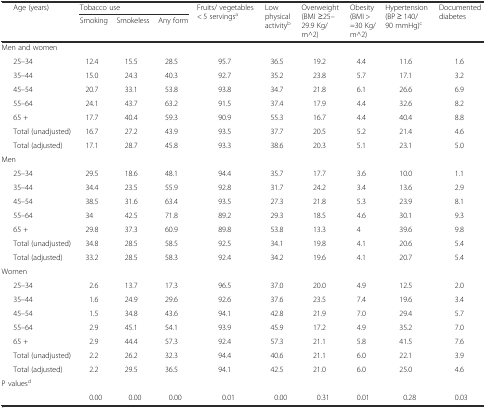
<table><thead><tr><td rowspan="2"></td><td rowspan="2"><b>Age (years)</b></td><td colspan="3"><b>Tobacco use</b></td><td rowspan="2"><b>Fruits/ vegetables &lt; 5 servings<sup>a</sup></b></td><td rowspan="2"><b>Low physical activity<sup>b</sup></b></td><td rowspan="2"><b>Overweight (BMI ≥25–29.9 Kg/m^2)</b></td><td rowspan="2"><b>Obesity (BMI &gt; =30 Kg/m^2)</b></td><td rowspan="2"><b>Hypertension (BP ≥ 140/90 mmHg)<sup>c</sup></b></td><td rowspan="2"><b>Documented diabetes</b></td></tr><tr><td><b>Smoking</b></td><td><b>Smokeless</b></td><td><b>Any form</b></td></tr></thead><tbody><tr><td colspan="3">Men and women</td><td></td><td></td><td></td><td></td><td></td><td></td><td></td><td></td></tr><tr><td></td><td>25–34</td><td>12.4</td><td>15.5</td><td>28.5</td><td>95.7</td><td>36.5</td><td>19.2</td><td>4.4</td><td>11.6</td><td>1.6</td></tr><tr><td></td><td>35–44</td><td>15.0</td><td>24.3</td><td>40.3</td><td>92.7</td><td>35.2</td><td>23.8</td><td>5.7</td><td>17.1</td><td>3.2</td></tr><tr><td></td><td>45–54</td><td>20.7</td><td>33.1</td><td>53.8</td><td>93.8</td><td>34.7</td><td>21.8</td><td>6.1</td><td>26.6</td><td>6.9</td></tr><tr><td></td><td>55–64</td><td>24.1</td><td>43.7</td><td>63.2</td><td>91.5</td><td>37.4</td><td>17.9</td><td>4.4</td><td>32.6</td><td>8.2</td></tr><tr><td></td><td>65 +</td><td>17.7</td><td>40.4</td><td>59.3</td><td>90.9</td><td>55.3</td><td>16.7</td><td>4.4</td><td>40.4</td><td>8.8</td></tr><tr><td></td><td>Total (unadjusted)</td><td>16.7</td><td>27.2</td><td>43.9</td><td>93.5</td><td>37.7</td><td>20.5</td><td>5.2</td><td>21.4</td><td>4.6</td></tr><tr><td></td><td>Total (adjusted)</td><td>17.1</td><td>28.7</td><td>45.8</td><td>93.3</td><td>38.6</td><td>20.3</td><td>5.1</td><td>23.1</td><td>5.0</td></tr><tr><td colspan="2">Men</td><td></td><td></td><td></td><td></td><td></td><td></td><td></td><td></td><td></td></tr><tr><td></td><td>25–34</td><td>29.5</td><td>18.6</td><td>48.1</td><td>94.4</td><td>35.7</td><td>17.7</td><td>3.6</td><td>10.0</td><td>1.1</td></tr><tr><td></td><td>35–44</td><td>34.4</td><td>23.5</td><td>55.9</td><td>92.8</td><td>31.7</td><td>24.2</td><td>3.4</td><td>13.6</td><td>2.9</td></tr><tr><td></td><td>45–54</td><td>38.5</td><td>31.6</td><td>63.4</td><td>93.5</td><td>27.3</td><td>21.8</td><td>5.3</td><td>23.9</td><td>8.1</td></tr><tr><td></td><td>55–64</td><td>34</td><td>42.5</td><td>71.8</td><td>89.2</td><td>29.3</td><td>18.5</td><td>4.6</td><td>30.1</td><td>9.3</td></tr><tr><td></td><td>65 +</td><td>29.8</td><td>37.3</td><td>60.9</td><td>89.8</td><td>53.8</td><td>13.3</td><td>4</td><td>39.6</td><td>9.8</td></tr><tr><td></td><td>Total (unadjusted)</td><td>34.8</td><td>28.5</td><td>58.5</td><td>92.5</td><td>34.1</td><td>19.8</td><td>4.1</td><td>20.6</td><td>5.4</td></tr><tr><td></td><td>Total (adjusted)</td><td>33.2</td><td>28.5</td><td>58.3</td><td>92.4</td><td>34.2</td><td>19.6</td><td>4.1</td><td>20.7</td><td>5.4</td></tr><tr><td colspan="2">Women</td><td></td><td></td><td></td><td></td><td></td><td></td><td></td><td></td><td></td></tr><tr><td></td><td>25–34</td><td>2.6</td><td>13.7</td><td>17.3</td><td>96.5</td><td>37.0</td><td>20.0</td><td>4.9</td><td>12.5</td><td>2.0</td></tr><tr><td></td><td>35–44</td><td>1.6</td><td>24.9</td><td>29.6</td><td>92.6</td><td>37.6</td><td>23.5</td><td>7.4</td><td>19.6</td><td>3.4</td></tr><tr><td></td><td>45–54</td><td>1.5</td><td>34.8</td><td>43.6</td><td>94.1</td><td>42.8</td><td>21.9</td><td>7.0</td><td>29.4</td><td>5.7</td></tr><tr><td></td><td>55–64</td><td>2.9</td><td>45.1</td><td>54.1</td><td>93.9</td><td>45.9</td><td>17.2</td><td>4.9</td><td>35.2</td><td>7.0</td></tr><tr><td></td><td>65 +</td><td>2.9</td><td>44.4</td><td>57.3</td><td>92.4</td><td>57.3</td><td>21.1</td><td>5.8</td><td>41.5</td><td>7.6</td></tr><tr><td></td><td>Total (unadjusted)</td><td>2.2</td><td>26.2</td><td>32.3</td><td>94.4</td><td>40.6</td><td>21.1</td><td>6.0</td><td>22.1</td><td>3.9</td></tr><tr><td></td><td>Total (adjusted)</td><td>2.2</td><td>29.5</td><td>36.5</td><td>94.1</td><td>42.5</td><td>21.0</td><td>6.0</td><td>25.0</td><td>4.6</td></tr><tr><td colspan="2">P values<sup>d</sup></td><td></td><td></td><td></td><td></td><td></td><td></td><td></td><td></td><td></td></tr><tr><td></td><td></td><td>0.00</td><td>0.00</td><td>0.00</td><td>0.01</td><td>0.00</td><td>0.31</td><td>0.01</td><td>0.28</td><td>0.03</td></tr></tbody></table>